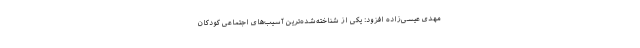
مهدی عیسی‌زاده افزود: یکی از شناخته‌شده‌ترین آسیب‌های اجتماعی کودکان